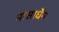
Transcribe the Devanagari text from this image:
मासार्धेन